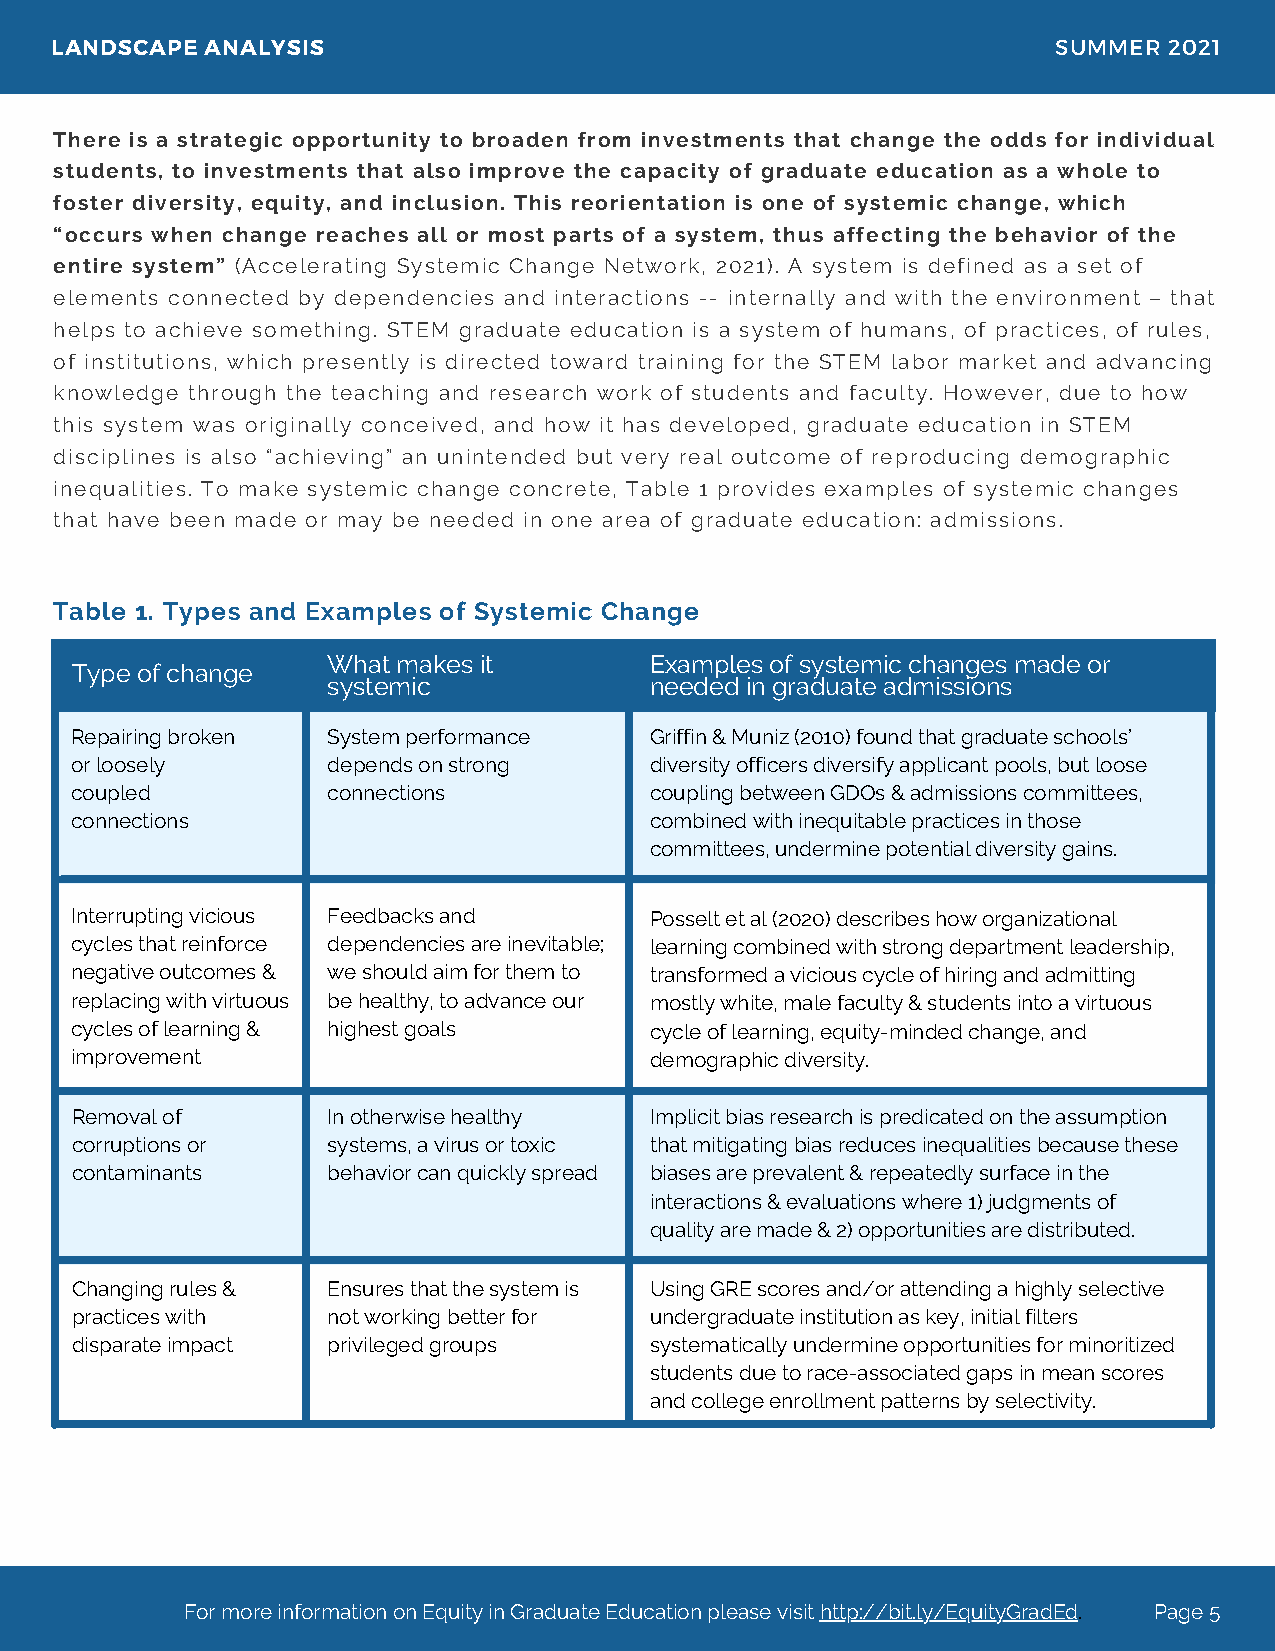
LANDSCAPE  ANALYSIS                                                SUMMER 2021
 There is a strategic opportunity to broaden from investments that change the odds for individual
 students, to investments that also improve the capacity of graduate education as a whole to
 foster diversity, equity, and inclusion. This reorientation is one of systemic change, which
 “occurs when change reaches all or most parts of a system, thus affecting the behavior of the
 entire system” (Accelerating Systemic Change Network, 2021). A system is defined as a set of
 elements connected by dependencies and interactions -- internally and with the environment – that
 helps to achieve something. STEM graduate education is a system of humans, of practices, of rules,
 of institutions, which presently is directed toward training for the STEM labor market and advancing
 knowledge through the teaching and research work of students and faculty. However, due to how
 this system was originally conceived, and how it has developed, graduate education in STEM
 disciplines is also “achieving” an unintended but very real outcome of reproducing demographic
 inequalities. To make systemic change concrete, Table 1 provides examples of systemic changes
 that have been made or may be needed in one area of graduate education: admissions.
 Table 1. Types and Examples of Systemic Change
 What makes it        Examples of systemic changes made or
 Type of change
 systemic             needed in graduate admissions
 Repairing broken System performance   Griffin & Muniz (2010) found that graduate schools’
 or loosely       depends on strong    diversity officers diversify applicant pools, but loose
 coupled          connections          coupling between GDOs & admissions committees,
 connections                           combined with inequitable practices in those
 committees, undermine potential diversity gains.
 Interrupting vicious Feedbacks and    Posselt et al (2020) describes how organizational
 cycles that reinforce dependencies are inevitable; learning combined with strong department leadership,
 negative outcomes & we should aim for them to transformed a vicious cycle of hiring and admitting
 replacing with virtuous be healthy, to advance our mostly white, male faculty & students into a virtuous
 cycles of learning & highest goals    cycle of learning, equity-minded change, and
 improvement                           demographic diversity.
 Removal of       In otherwise healthy Implicit bias research is predicated on the assumption
 corruptions or   systems, a virus or toxic that mitigating bias reduces inequalities because these
 contaminants     behavior can quickly spread biases are prevalent & repeatedly surface in the
 interactions & evaluations where 1) judgments of
 quality are made & 2) opportunities are distributed.
 Changing rules & Ensures that the system is Using GRE scores and/or attending a highly selective
 practices with   not working better for undergraduate institution as key, initial filters
 disparate impact privileged groups    systematically undermine opportunities for minoritized
 students due to race-associated gaps in mean scores
 and college enrollment patterns by selectivity.
 For more information on Equity in Graduate Education please visit http://bit.ly/EquityGradEd. Page 5